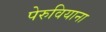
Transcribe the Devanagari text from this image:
पेरुवियाना